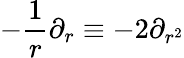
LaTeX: -\frac{1}{r}\partial_{r}\equiv-2\partial_{r^{2}}